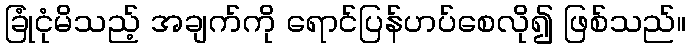
ခြုံငုံမိသည့် အချက်ကို ရောင်ပြန်ဟပ်စေလို၍ ဖြစ်သည်။